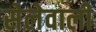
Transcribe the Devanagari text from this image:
सेलेवाली